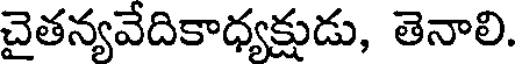
చైతన్యవేదికాధ్యక్షుడు, తెనాలి.